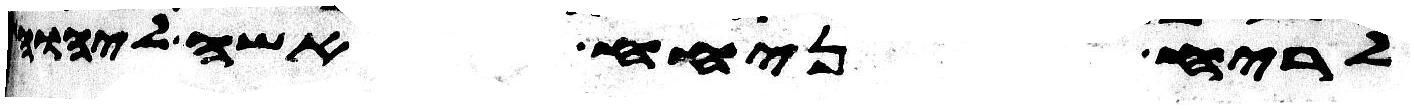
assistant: לריח ניחח אשה ליהוה